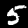
Label: 5